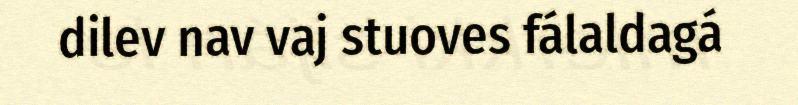
dilev nav vaj stuoves fálaldagá